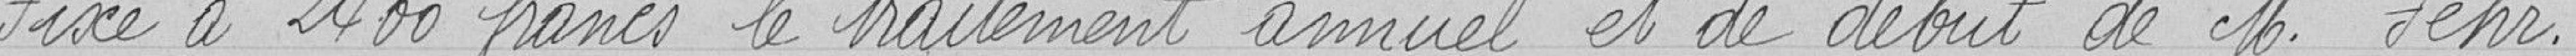
Fixe à 2 400 francs le traitement annuel et de début de Monsieur FEHR.